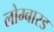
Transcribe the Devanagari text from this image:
लोम्बारड